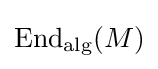
\operatorname {End} _{\text{alg}}(M)